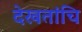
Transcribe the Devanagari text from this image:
देखतांचि